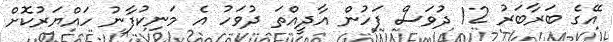
އޭގެ ބަރާބަރު 12 ދުވަސް ފަހުން އާދީއްތަ ދުވަހު އެ މަނިކުފާނު ހައްޔަރުކޮށް